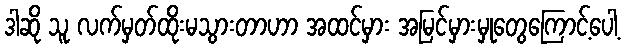
ဒါဆို သူ လက်မှတ်ထိုးမသွားတာဟာ အထင်မှား အမြင်မှားမှုတွေကြောင့်ပေါ့